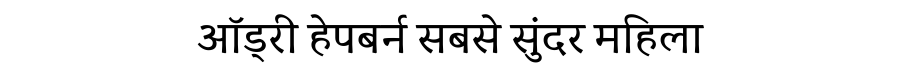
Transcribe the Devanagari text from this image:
ऑड्री हेपबर्न सबसे सुंदर महिला